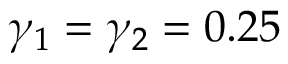
\gamma _ { 1 } = \gamma _ { 2 } = 0 . 2 5